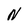
Character: N